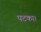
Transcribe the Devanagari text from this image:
पटका।